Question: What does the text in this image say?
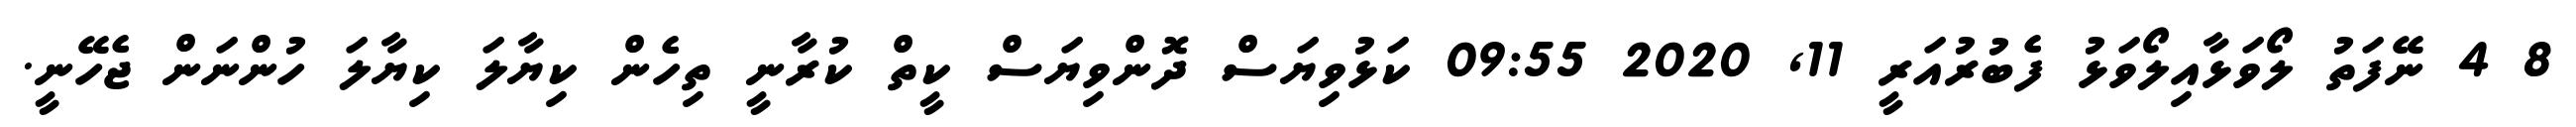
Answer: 8 4 ނޭފަތު ލޯވަޅާއިލޯވަޅު ފެބުރުއަރީ 11, 2020 09:55 ކަޅުވިޔަސް ދޮންވިޔަސް ކީތް ކުރާނީ ތިހެން ކިޔާލަ ކިޔާލަ ހުންނަން ޖެހޭނީ.